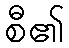
စီ၏